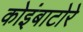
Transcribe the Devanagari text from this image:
कोइंबाटोरे